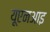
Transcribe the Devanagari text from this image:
यूएनआइ